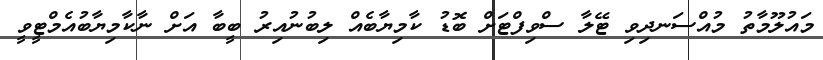
މައުލޫމާތު މުއްސަނދިވި ޓޭލާ ސްވިފްޓަށް ބޮޑު ކާމިޔާބެއް ލިބުނުއިރު ބީބާ އަށް ނާކާމިޔާބުއެމްޓީވީ